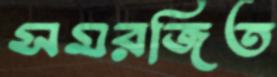
সমরজিত